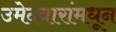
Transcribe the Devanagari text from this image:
उमेदवारांमधून